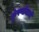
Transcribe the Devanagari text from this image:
कुंपणांमध्ये